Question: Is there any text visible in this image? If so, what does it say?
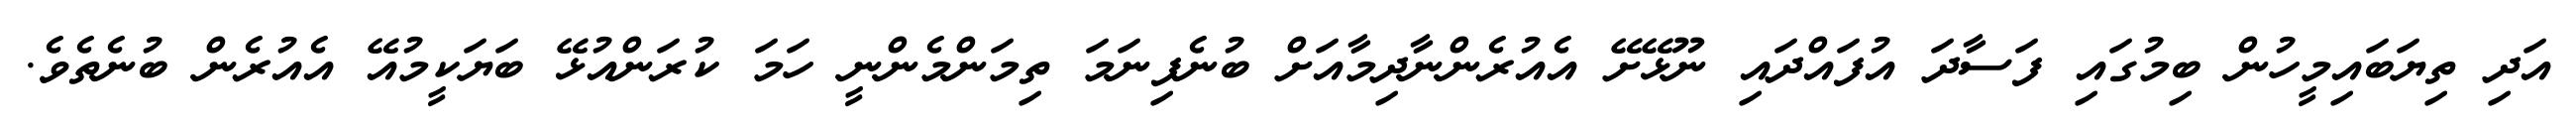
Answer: އަދި ތިޔަބައިމީހުން ބިމުގައި ފަސާދަ އުފައްދައި ނޫޅޭށޭ އެއުރެންނާދިމާއަށް ބުނެފިނަމަ ތިމަންމެންނީ ހަމަ ކުރަންއުޅޭ ބަޔަކީމުއޭ އެއުރެން ބުނެތެވެ.